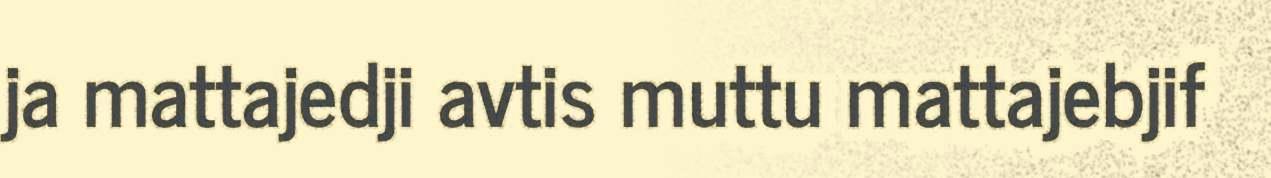
ja mattajedji avtis muttu mattajebjif